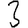
Digit: 3